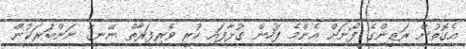
އެގޮތުން ރަޒީންގެ ފޯނަށް އެންމެ ފަހުން ގުޅާފައި ހުރީ ވެރިފަރާތް ނޭނގޭ ނަންބަރަކުން